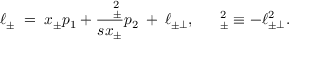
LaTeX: \ell _ { \pm } \; = \; x _ { \pm } p _ { 1 } + \frac { \mathrm { \boldmath ~ \ell ~ } _ { \pm } ^ { 2 } } { s x _ { \pm } } p _ { 2 } \: + \: \ell _ { \pm \perp } , \: \: \: \mathrm { \boldmath ~ \ell ~ } _ { \pm } ^ { 2 } \equiv - \ell _ { \pm \perp } ^ { 2 } .